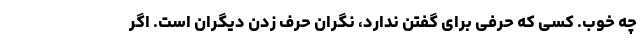
چه خوب. کسی که حرفی برای گفتن ندارد، نگران حرف زدن دیگران است. اگر